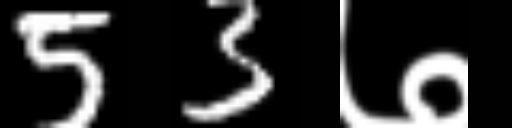
Text: 53७